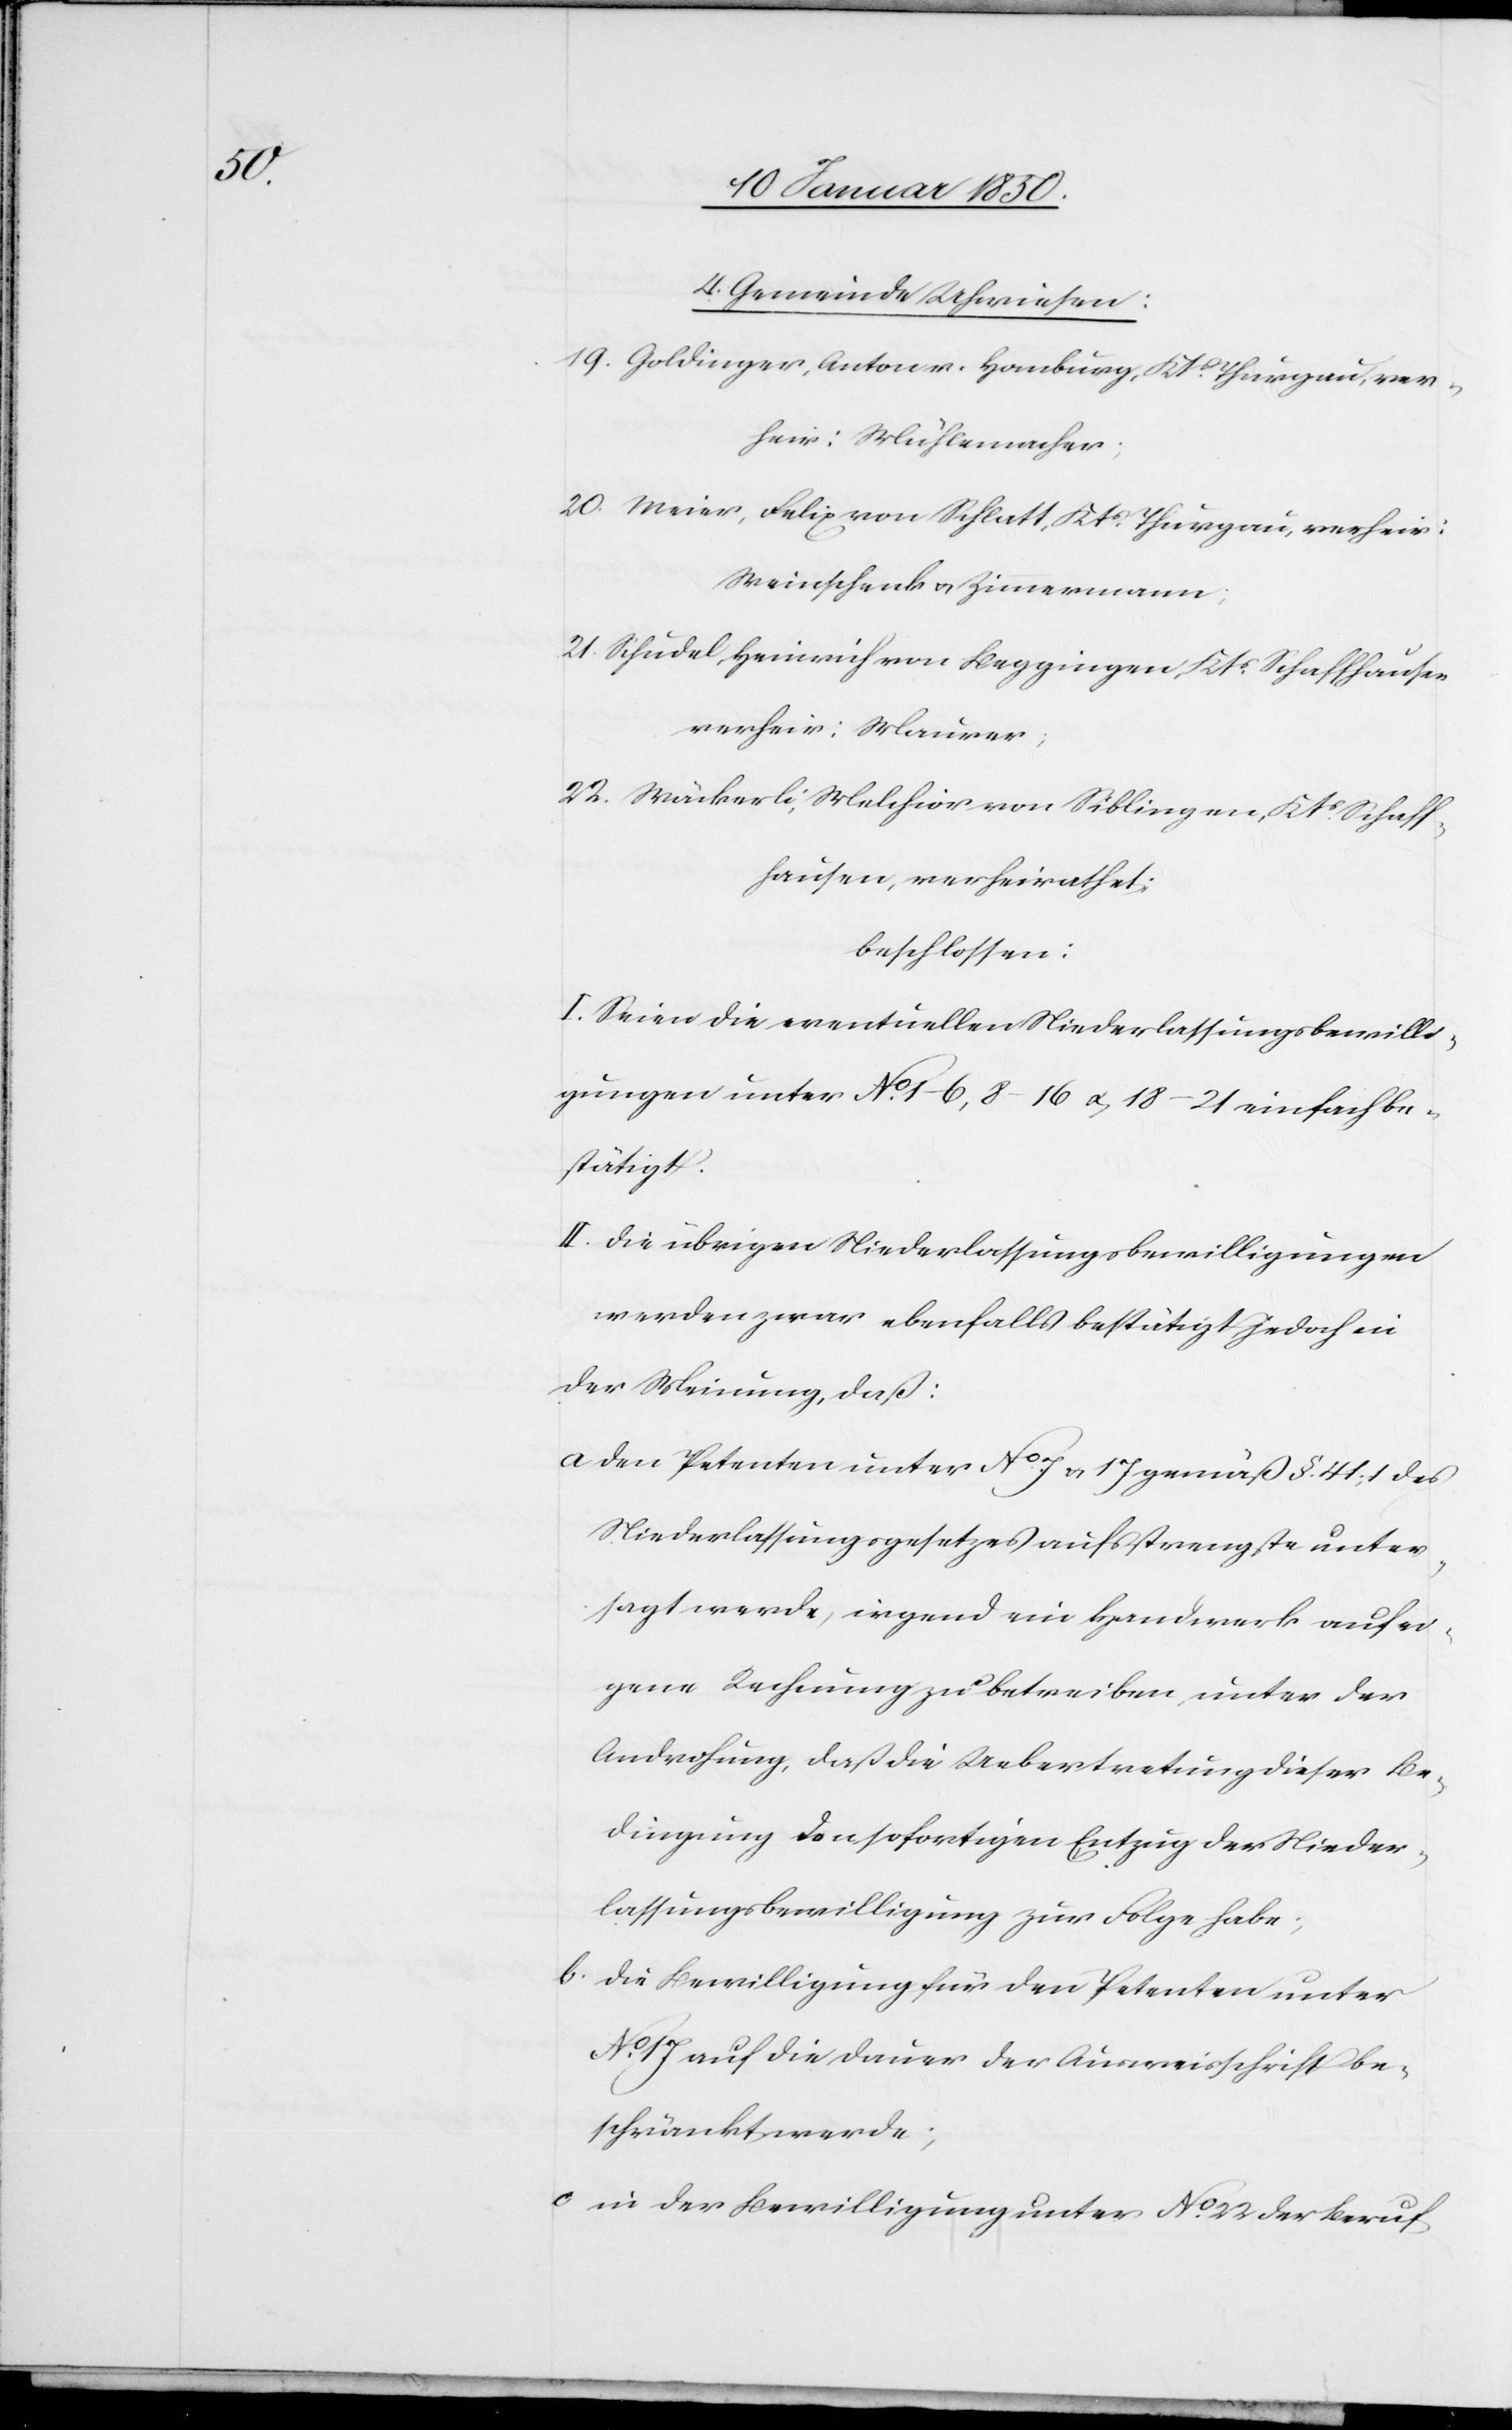
4. Gemeinde Uhwiesen:
19. Goldinger, Anton v. Hanburg, Kts Thurgau, ver¬
heir: Mühlemacher;
20. Meier, Felix von Schlatt, Kts Thurgau, verheir:
Weinschenk u. Zimmermann;
21. Schudel, Heinrich von Beggingen, Kts Schaffhausen
verheir: Maurer;
22. Wäckerli, Melchior von Siblingen, Kts Schaff¬
hausen, verheirathet;
beschlossen:
I. Seien die eventuellen Niederlassungsbewilli¬
gungen unter No 1−6, 8−16 u. 18−21 einfach be¬
stätigt.
II. Die übrigen Niederlassungsbewilligungen
werden zwar ebenfalls bestätigt. Jedoch in
der Meinung, daß:
a den Petenten unter No 7 u. 17 gemäß §. 41,[? 1] des
Niederlassungsgesetzes aufs strengste unter¬
sagt werde, irgend ein Handwerk auf ei¬
gene Rechnung zu betreiben unter der
Androhung, daß die Uebertretung dieser Be¬
dingung den sofortigen Entzug der Nieder¬
lassungsbewilligung zur Folge habe;
b. die Bewilligung für den Petenten unter
No 17 auf die Dauer der Ausweisschrift be¬
schränkt werde;
c in der Bewilligung unter No 22 der Beruf